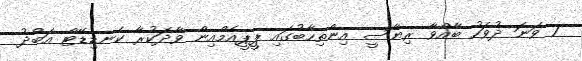
7 ވަނަ ދުވަހު ބާއްވާ ރިޔާސީ އިންތިހާބުގައި ޕީީޕީއެމްއިން ވާދަކުރާ ކެނޑިޑޭޓް އަބްދު